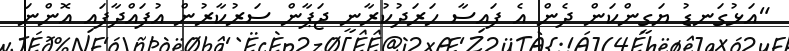
"އަޅުގަނޑު ޔަގީންކަން ދެން އެ ފައިސާ ހަރަދުކުރާނީ ޖަޕާން ސަރުކާރުން އުފައްދާފައި އޮންނަ